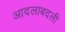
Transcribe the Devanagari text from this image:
आदलाबदली